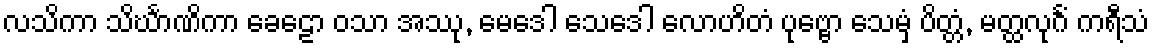
လသိကာ သိင်္ဃာဏိကာ ခေဠော ဝသာ အဿု, မေဒေါ သေဒေါ လောဟိတံ ပုဗ္ဗော သေမှံ ပိတ္တံ, မတ္ထလုင်္ဂံ ကရီသံ